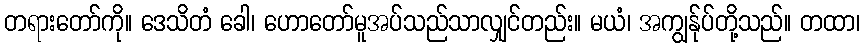
တရားတော်ကို။ ဒေသိတံ ခေါ၊ ဟောတော်မူအပ်သည်သာလျှင်တည်း။ မယံ၊ အကျွန်ုပ်တို့သည်။ တထာ၊